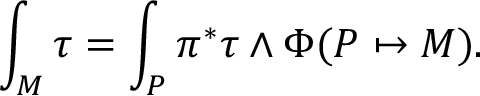
\int _ { M } \tau = \int _ { P } \pi ^ { * } \tau \wedge \Phi ( P \mapsto M ) .